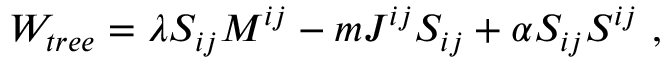
W _ { t r e e } = \lambda S _ { i j } M ^ { i j } - m J ^ { i j } S _ { i j } + \alpha S _ { i j } S ^ { i j } \ ,